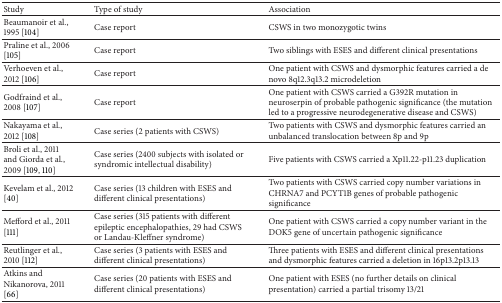
| Study | Type of study | Association |
 | --- | --- | --- |
 | Beaumanoir et al., 1995 [104] | Case report | CSWS in two monozygotic twins |
 | Praline et al., 2006 [105] | Case report | Two siblings with ESES and different clinical presentations |
 | Verhoeven et al., 2012 [106] | Case report | One patient with CSWS and dysmorphic features carried a de novo 8q12.3q13.2 microdeletion |
 | Godfraind et al., 2008 [107] | Case report | One patient with CSWS carried a G392R mutation in neuroserpin of probable pathogenic significance (the mutation led to a progressive neurodegenerative disease and CSWS) |
 | Nakayama et al., 2012 [108] | Case series (2 patients with CSWS) | Two patients with CSWS and dysmorphic features carried an unbalanced translocation between 8p and 9p |
 | Broli et al., 2011 and Giorda et al., 2009 [109, 110] | Case series (2400 subjects with isolated or syndromic intellectual disability) | Five patients with CSWS carried a Xp11.22-p11.23 duplication |
 | Kevelam et al., 2012 [40] | Case series (13 children with ESES and different clinical presentations) | Two patients with CSWS carried copy number variations in CHRNA7 and PCYT1B genes of probable pathogenic significance |
 | Mefford et al., 2011 [111] | Case series (315 patients with different epileptic encephalopathies, 29 had CSWS or Landau-Kleffner syndrome) | One patient with CSWS carried a copy number variant in the DOK5 gene of uncertain pathogenic significance |
 | Reutlinger et al., 2010 [112] | Case series (3 patients with ESES and different clinical presentations) | Three patients with ESES and different clinical presentations and dysmorphic features carried a deletion in 16p13.2p13.13 |
 | Atkins and Nikanorova, 2011 [66] | Case series (20 patients with ESES and different clinical presentations) | One patient with ESES (no further details on clinical presentation) carried a partial trisomy 13/21 |